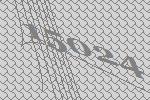
15024